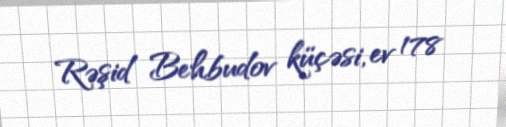
Rəşid Behbudov küçəsi, ev 178